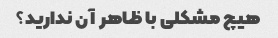
هیچ مشکلی با ظاهر آن ندارید؟